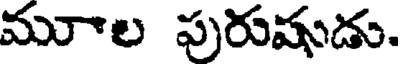
మూాల పురుషుడు.